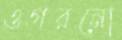
ওগরনো